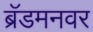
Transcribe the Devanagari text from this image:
ब्रॅडमनवर